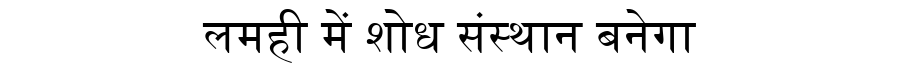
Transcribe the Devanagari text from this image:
लमही में शोध संस्थान बनेगा